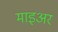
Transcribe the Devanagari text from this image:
माइअर